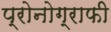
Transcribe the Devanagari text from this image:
प्रोनोग्राफी